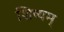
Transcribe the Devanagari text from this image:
शिष्यम्